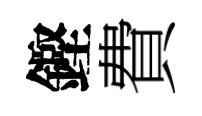
鏗費